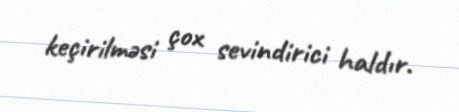
keçirilməsi çox sevindirici haldır.